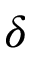
\delta